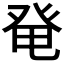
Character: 𰤏